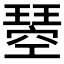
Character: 𭹸